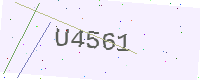
Text: U4561